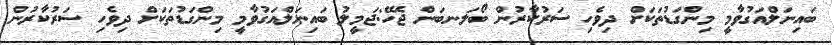
ބައިނަލްއަގުވާމީ މިންގަޑުތަކަށް ދިވެހި ސަރުކާރުން ބޯލަނބަން ޖެހޭ:ޖަމީލު ބައިނަލްއަގުވާމީ މިންގަޑުތަކަށް ދިވެހި ސަރުކާރުން